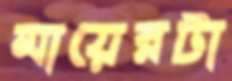
মায়েরটা